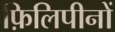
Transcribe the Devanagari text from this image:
फ़िलिपीनों